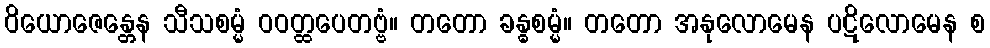
ဝိယောဇေန္တေန သီသစမ္မံ ဝဝတ္ထပေတဗ္ဗံ။ တတော ခန္ဓစမ္မံ။ တတော အနုလောမေန ပဋိလောမေန စ